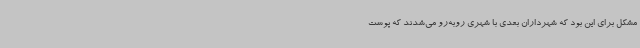
مشکل برای این بود که شهرداران بعدی با شهری روبه‌رو می‌شدند که پوست